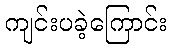
ကျင်းပခဲ့ကြောင်း